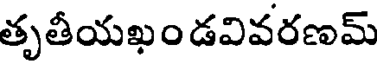
తృతీయఖండవివరణమ్